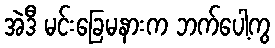
အဲဒီ မင်းခြေမနားက ဘက်ပေါ့ကွ